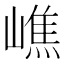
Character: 嶕